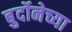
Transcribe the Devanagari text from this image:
बुर्दोनेच्या